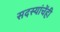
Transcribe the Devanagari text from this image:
सदस्यांचेंही